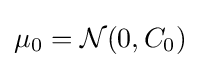
\mu _{0}={\mathcal {N}}(0,C_{0})